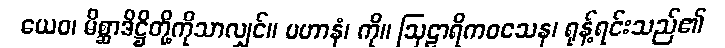
ယေဝ၊ မိစ္ဆာဒိဋ္ဌိတို့ကိုသာလျှင်။ ပဟာနံ၊ ကို။ ဩဠာရိကဝသေန၊ ရုန့်ရင်းသည်၏